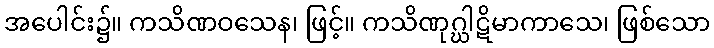
အပေါင်း၌။ ကသိဏဝသေန၊ ဖြင့်။ ကသိဏုဂ္ဃါဋိမာကာသေ၊ ဖြစ်သော